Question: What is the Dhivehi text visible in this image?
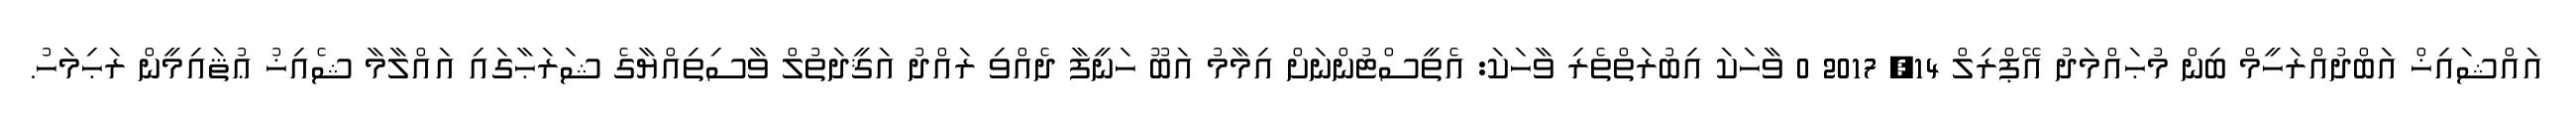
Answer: އައްޝައިޚް އަބްދުއްރަހީމް ބިން މުޙައްމަދު އޭޕްރިލް 14, 2017 0 ވާހަކަ އިބުރަތްތެރި ވާހަކަ: އެތީސްޓުންނަށް އިމާމު އަބޫ ހަނީފާ ދެއްވި ރައްދު އަޤީދަތުލް ވާސިތިއްޔާގެ ޝަރަޙާގައި އައްލާމާ ޝެއިޚު ޢުޘައިމީން ރަޙިމަހު.